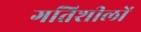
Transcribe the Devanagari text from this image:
गतिशीलों